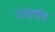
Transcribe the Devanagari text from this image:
राजयंत्र